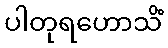
ပါတုရဟောသိံ